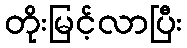
တိုးမြင့်လာပြီး